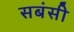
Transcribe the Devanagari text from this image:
सबंसी